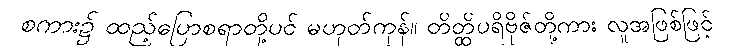
စကား၌ ထည့်ပြောစရာတို့ပင် မဟုတ်ကုန်။ တိတ္ထိပရိဗိုဇ်တို့ကား လူအဖြစ်ဖြင့်